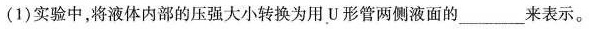
(1)实验中，将液体内部的压强大小转换为用U形管两侧液面的___来表示。